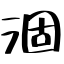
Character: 涸